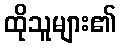
ထိုသူများ၏